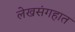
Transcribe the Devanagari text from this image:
लेखसंगहात